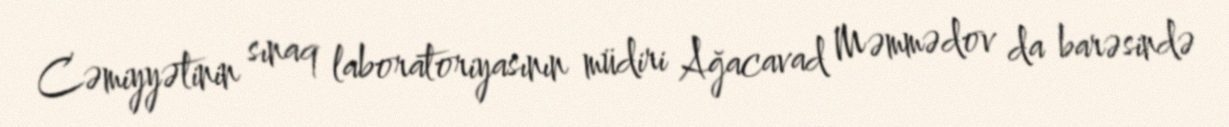
Cəmiyyətinin sınaq laboratoriyasının müdiri Ağacavad Məmmədov da barəsində